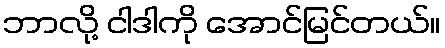
ဘာလို့ ငါဒါကို အောင်မြင်တယ်။